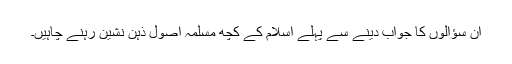
ان سؤالوں کا جواب دینے سے پہلے اسلام کے کچھ مسلمہ اصول ذہن نشین رہنے چاہیں۔